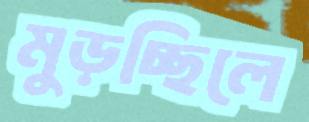
মুড়চ্ছিলে